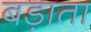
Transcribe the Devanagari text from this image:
बड़ाता